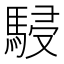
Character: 駸